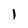
Character: 1